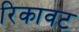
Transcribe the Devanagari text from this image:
रिकावट